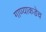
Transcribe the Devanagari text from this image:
गाण्याकडेच